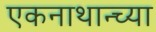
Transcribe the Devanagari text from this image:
एकनाथान्च्या